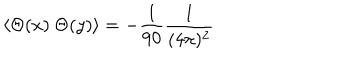
LaTeX: \langle \Theta ( x ) \ \Theta ( y ) \rangle = - \frac { 1 } { 9 0 } \frac { 1 } { ( 4 \pi ) ^ { 2 } }